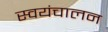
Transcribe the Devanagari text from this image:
स्वयंचालन